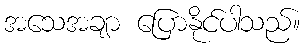
အသေအချာ ပြောနိုင်ပါသည်။